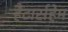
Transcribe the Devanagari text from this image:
हैटार्सहेम